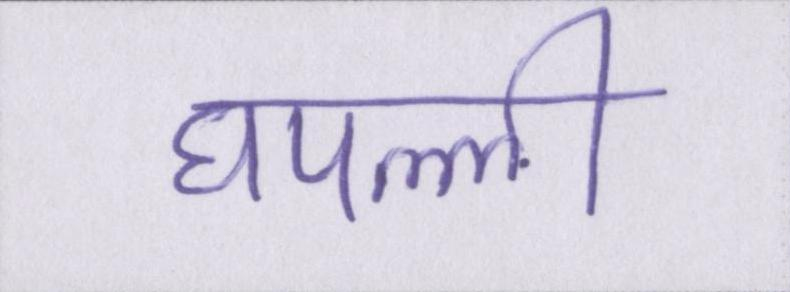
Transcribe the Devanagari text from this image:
घपल्ली